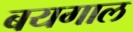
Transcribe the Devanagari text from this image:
बयगाल